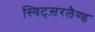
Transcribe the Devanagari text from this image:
स्विट्स़रलैण्ड